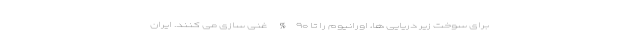
برای سوخت زیر دریایی ها، اورانیوم را تا ۹۰% غنی سازی می کنند. ایران